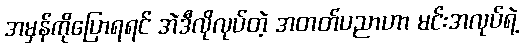
အမှန်ကိုပြောရရင် အဲဒီလိုလုပ်တဲ့ အတတ်ပညာဟာ မင်းအလုပ်ရဲ့